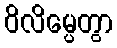
ဝိလိမ္ပေတွာ